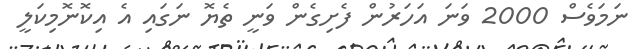
ނަމަވެސް 2000 ވަނަ އަހަރުން ފެށިގެން ވަނީ ތެޔޮ ނަގައި އެ އިކޮނޮމިކަލީ